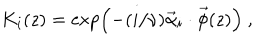
LaTeX: K _ { i } ( z ) = \exp \left( - ( i / \nu ) \vec { \alpha } _ { i } \cdot \vec { \phi } ( z ) \right) ~ ,